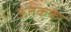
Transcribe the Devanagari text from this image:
ऊतकका